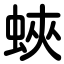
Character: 蛺